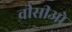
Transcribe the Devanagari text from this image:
वीसीओ